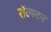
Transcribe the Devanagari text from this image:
रॉल्स्टन